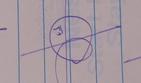
Signature authenticity: genuine